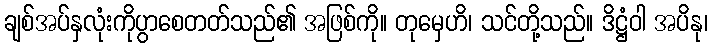
ချစ်အပ်နှလုံးကိုပွာစေတတ်သည်၏ အဖြစ်ကို။ တုမှေဟိ၊ သင်တို့သည်။ ဒိဋ္ဌံဝါ အပိနု၊